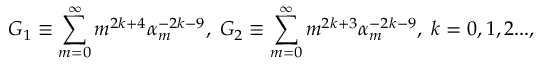
G _ { 1 } \equiv \sum _ { m = 0 } ^ { \infty } m ^ { 2 k + 4 } \alpha _ { m } ^ { - 2 k - 9 } , \; G _ { 2 } \equiv \sum _ { m = 0 } ^ { \infty } m ^ { 2 k + 3 } \alpha _ { m } ^ { - 2 k - 9 } , \; k = 0 , 1 , 2 . . . ,